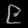
Digit: ၉